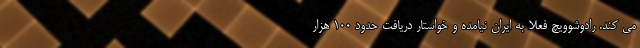
می کند. رادوشوویچ فعلا به ایران نیامده و خواستار دریافت حدود ۱۰۰ هزار